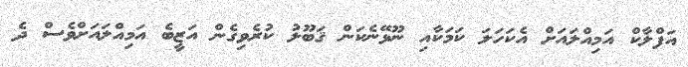
އަފްލާކް އަމިއްލައަށް އެކަހަލަ ކަމަކާއި ނޫޅޭނެކަން ޤަބޫލު ކުރެވިގެން އަޒީބެ އަމިއްލައަށްވެސް ދެ